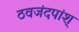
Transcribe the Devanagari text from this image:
ठवजंदपांश्